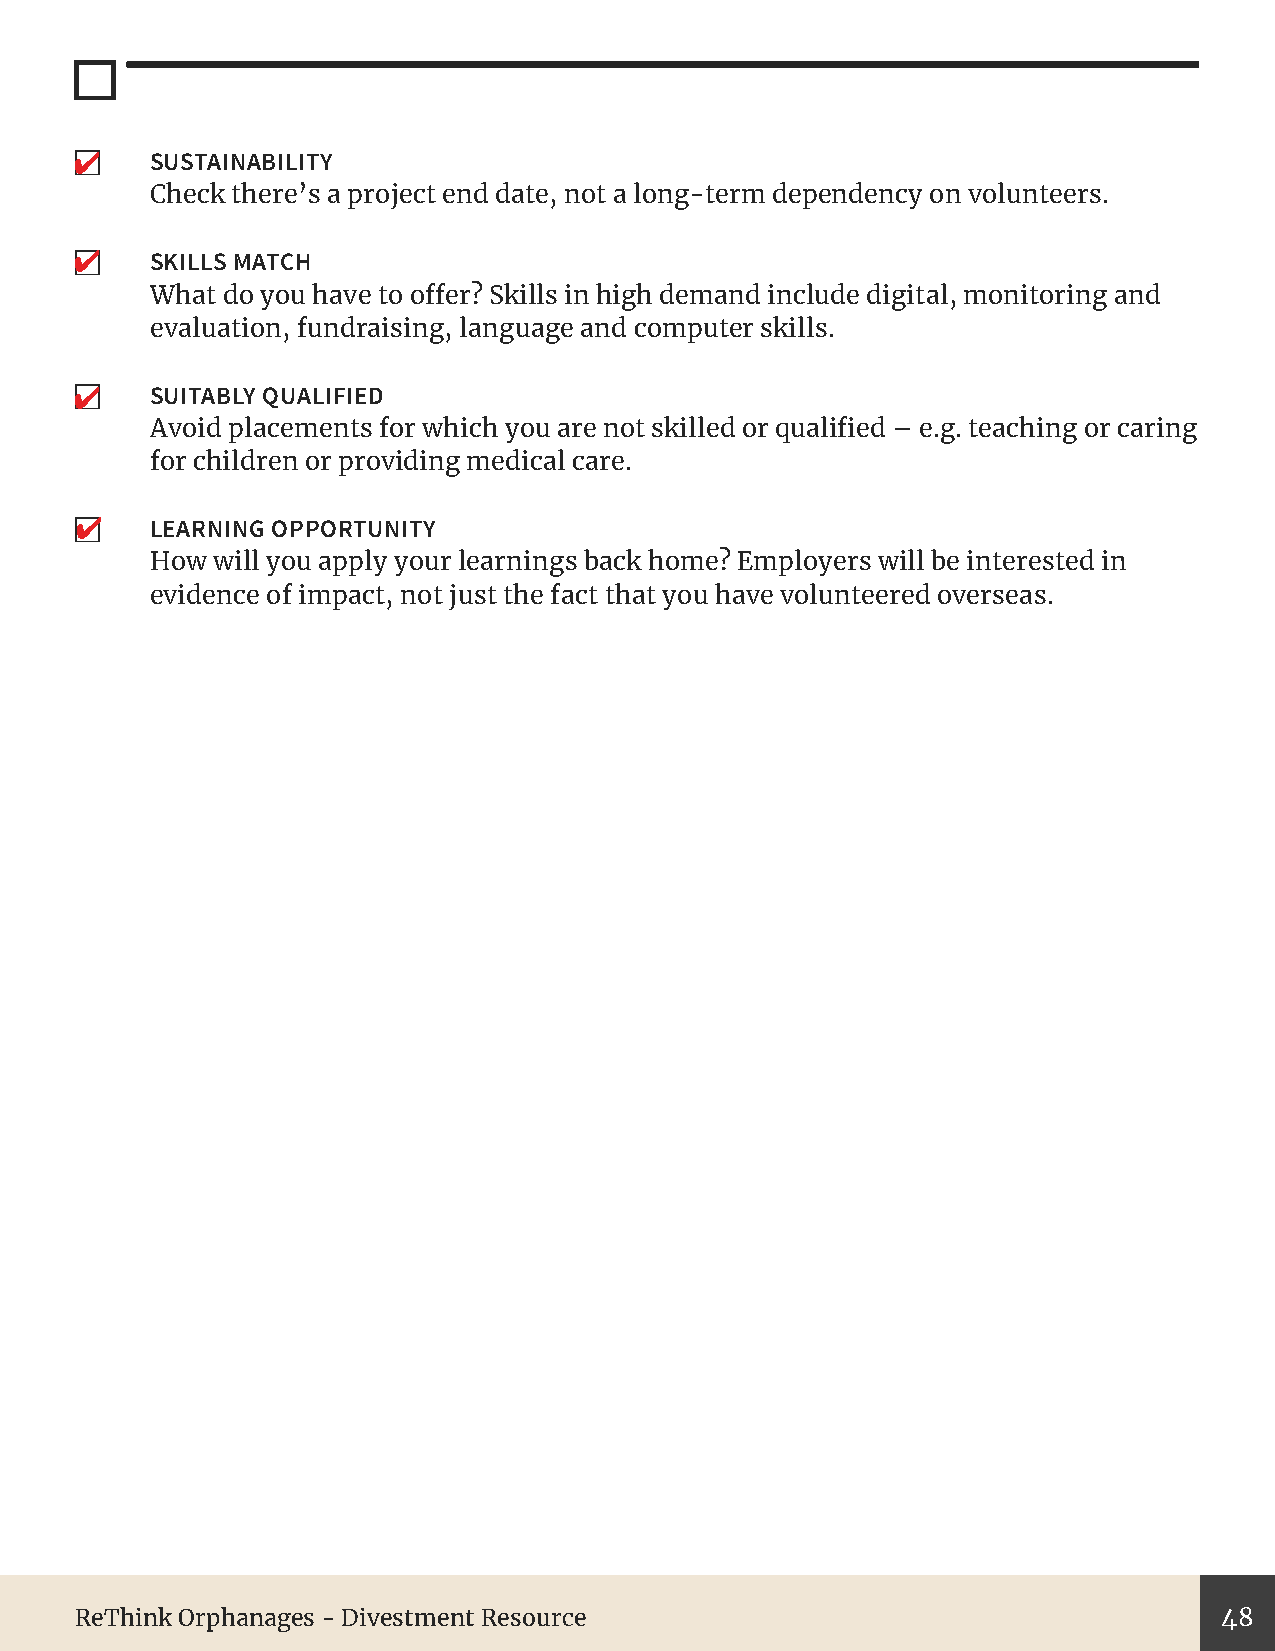
✔
 SUSTAINABILITY
 Check there’s a project end date, not a long-term dependency on volunteers.
 ✔
 SKILLS MATCH
 What do you have to offer? Skills in high demand include digital, monitoring and
 evaluation, fundraising, language and computer skills.
 ✔   SUITABLY QUALIFIED
 Avoid placements for which you are not skilled or qualified – e.g. teaching or caring
 for children or providing medical care.
 ✔
 LEARNING OPPORTUNITY
 How will you apply your learnings back home? Employers will be interested in
 evidence of impact, not just the fact that you have volunteered overseas.
 ReThink Orphanages - Divestment Resource                                    48